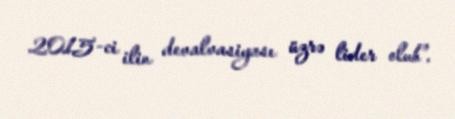
2015-ci ilin devalvasiyası üzrə lider olub”.